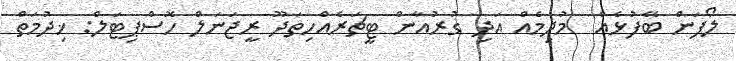
ލޯފަން ބޭފުޅެއް  މުދިމެއް އަދި ގުރުއާން ޓީޗަރެއްހިތަދޫ ރީޖަނަލް ހޮސްޕިޓަލް: ޚިދުމަތް